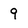
Character: 9